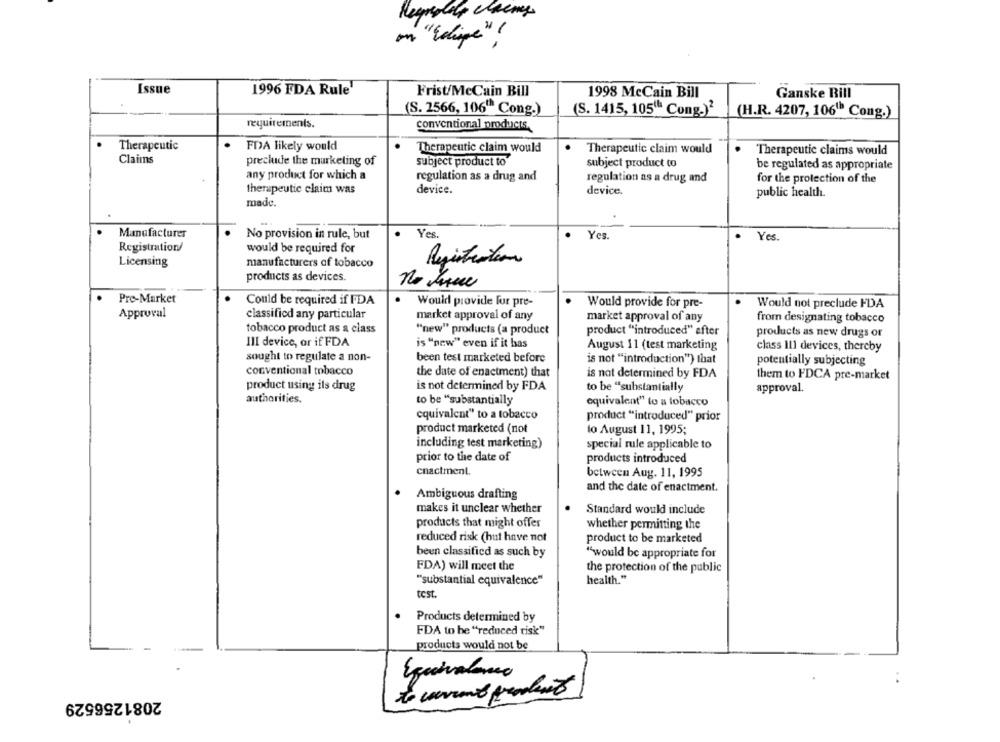
Regresolas chcemy
on "chipe" !
Issue
1996 FDA Rule
Frist/McCain Bill
1998 McCain Bill
Ganske Rill
(S. 2566, 106" Cong.)
(S. 1415, 105" Cong.)2
(H.R. 4207, 106" Cong.)
requirements.
conventional products.
Therapeutic
FDA likely would
Therapeutic claim would
Therapeutic claim would
Therapeutic claims would
Claims
preclude the marketing of
subject product to
subject product to
be regulated as appropriate
any product for which a
regulation as a drug and
regulation as a drug and
for the protection of the
therapeutic claim was
device.
device.
public health.
madc.
Manufacturer
No provision in rule, but
Yes
Yes
.
Yes.
Registration/
would be required for
Licensing
manufacturers of tobacco
Registration
products as devices.
no dame
Pre-Market
Could be required if FDA
Would provide for pre-
Would provide for pre-
Would not preclude FDA
Approval
classified any particular
market approval of any
market approval of any
from designating tobacco
tobacco product as a class
"new" products (a product
product "introduced" efter
products as new drugs or
III device, or if FDA
is "new" even if it has
August 11 (test marketing
class Ill devices, thereby
sought to regulate a non-
been test marketed before
is not "introduction") that
potentially subjecting
conventional tobacco
the date of enactment) that
is not determined by FDA
them to FDCA pre-market
product using ils drug
is not determined by FDA
to be "substantially
approval.
authorities.
to be "substantially
equivalent" to a tobacco
equivalent" to a tobacco
product "introduced" prior
product marketed (not
lo August 11, 1995;
including test marketing)
special rule applicable to
prior to the date of
products introduced
enactment.
between Aug. 11, 1995
and the date of enactment.
Ambiguous drafting
makes it unclear whether
Standard would include
products that might offer
whether permitting the
reduced risk (hut have not
product to be marketed
been classified as such by
"would be appropriate for
FDA) will meet the
the protection of the public
health."
"substantial equivalence"
test.
Products determined by
FDA to be "reduced risk"
products would not be
Equivaleria
..
2081256529